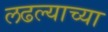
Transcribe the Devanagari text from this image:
लढल्याच्या